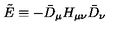
\tilde { E } \equiv - \bar { D } _ { \mu } H _ { \mu \nu } \bar { D } _ { \nu }